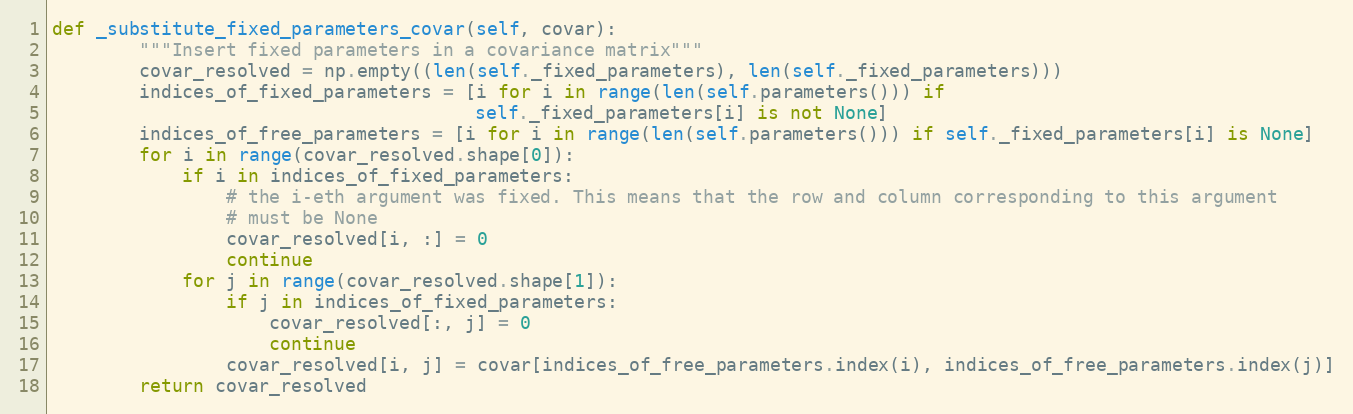
Language: Python
def _substitute_fixed_parameters_covar(self, covar):
        """Insert fixed parameters in a covariance matrix"""
        covar_resolved = np.empty((len(self._fixed_parameters), len(self._fixed_parameters)))
        indices_of_fixed_parameters = [i for i in range(len(self.parameters())) if
                                       self._fixed_parameters[i] is not None]
        indices_of_free_parameters = [i for i in range(len(self.parameters())) if self._fixed_parameters[i] is None]
        for i in range(covar_resolved.shape[0]):
            if i in indices_of_fixed_parameters:
                # the i-eth argument was fixed. This means that the row and column corresponding to this argument
                # must be None
                covar_resolved[i, :] = 0
                continue
            for j in range(covar_resolved.shape[1]):
                if j in indices_of_fixed_parameters:
                    covar_resolved[:, j] = 0
                    continue
                covar_resolved[i, j] = covar[indices_of_free_parameters.index(i), indices_of_free_parameters.index(j)]
        return covar_resolved